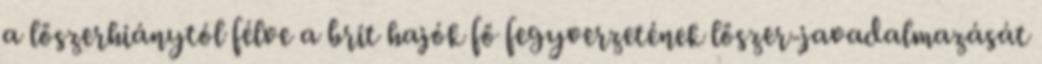
a lőszerhiánytól félve a brit hajók fő fegyverzetének lőszer-javadalmazását